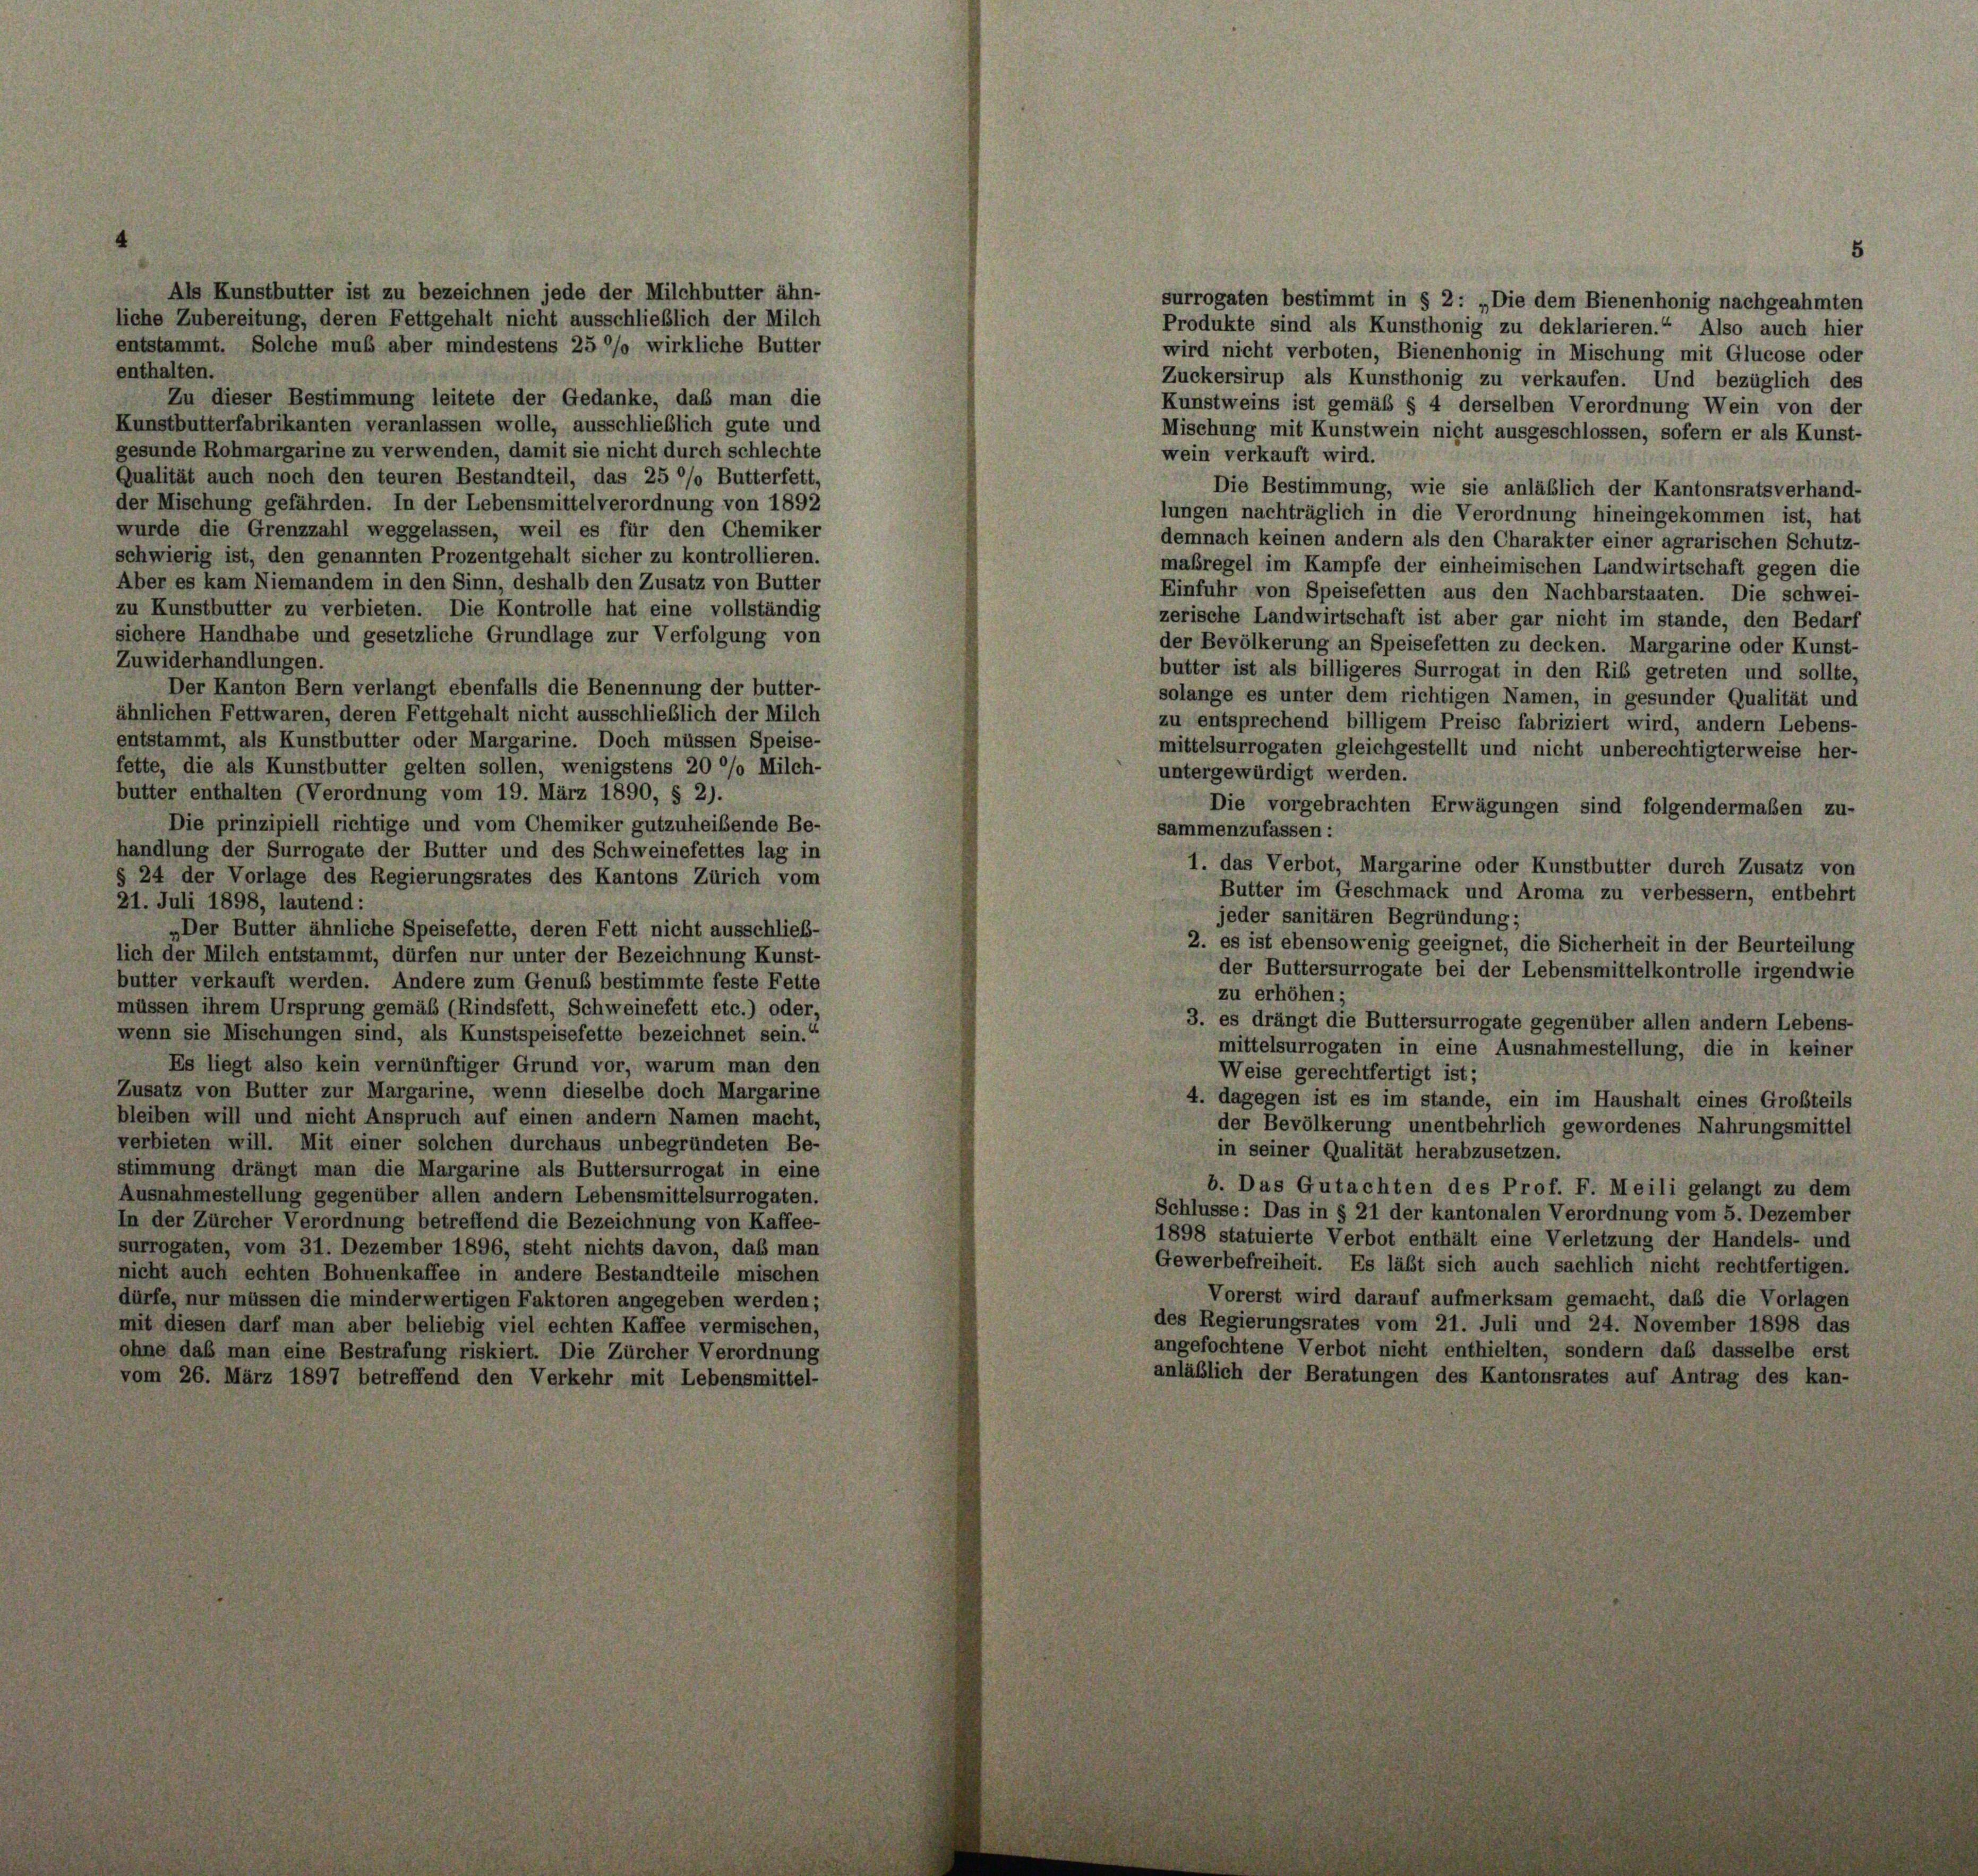
Als Kunstbutter ist zu bezeichnen jede der Milchbutter ähn-
liche Zubereitung, deren Fettgehalt nicht ausschließlich der Milch
entstammt. Solche muß aber mindestens 25 °/o wirkliche Butter
enthalten.
Zu dieser Bestimmung leitete der Gedanke, daß man die
Kunstbutterfabrikanten veranlassen wolle, ausschließlich gute und
gesunde Rohmargarine zu verwenden, damit sie nicht durch schlechte
Qualität auch noch den teuren Bestandteil, das 25 °/o Butterfett,
der Mischung gefährden. In der Lebensmittelverordnung von 1892
wurde die Grenzzahl weggelassen, weil es für den Chemiker
schwierig ist, den genannten Prozentgehalt sicher zu kontrollieren.
Aber es kam Niemandem in den Sinn, deshalb den Zusatz von Butter
zu Kunstbutter zu verbieten. Die Kontrolle hat eine vollständig
sichere Handhabe und gesetzliche Grundlage zur Verfolgung von
Zuwiderhandlungen.
Der Kanton Bern verlangt ebenfalls die Benennung der butter-
ähnlichen Fettwaren, deren Fettgehalt nicht ausschließlich der Milch
entstammt, als Kunstbutter oder Margarine. Doch müssen Speise-
fette, die als Kunstbutter gelten sollen, wenigstens 20 %% Milch-
butter enthalten (Verordnung vom 19. März 1890, § 2).
Die prinzipiell richtige und vom Chemiker gutzuheißende Be
handlung der Surrogate der Butter und des Schweinefettes lag in
§ 24 der Vorlage des Regierungsrates des Kantons Zürich von
21. Juli 1898, lautend:
„Der Butter ähnliche Speisefette, deren Fett nicht ausschließ
lich der Milch entstammt, dürfen nur unter der Bezeichnung Kunst
butter verkauft werden. Andere zum Genuß bestimmte feste Fette
müssen ihrem Ursprung gemäß (Rindsfett, Schweinefett etc.) oder
wenn sie Mischungen sind, als Kunstspeisefette bezeichnet sein.
Es liegt also kein vernünftiger Grund vor, warum man des
Zusatz von Butter zur Margarine, wenn dieselbe doch Margarin
bleiben will und nicht Anspruch auf einen andern Namen macht
verbieten will. Mit einer solchen durchaus unbegründeten Be
stimmung drängt man die Margarine als Buttersurrogat in eine
Ausnahmestellung gegenüber allen andern Lebensmittelsurrogaten
In der Zürcher Verordnung betreffend die Bezeichnung von Kaffee-
surrogaten, vom 31. Dezember 1896, steht nichts davon, daß man
nicht auch echten Bohnenkaffee in andere Bestandteile mischen
dürfe, nur müssen die minderwertigen Faktoren angegeben werden;
mit diesen darf man aber beliebig viel echten Kaffee vermischen,
ohne daß man eine Bestrafung riskiert. Die Zürcher Verordnung
vom 26. März 1897 betreffend den Verkehr mit Lebensmittel-

8

wird nicht verboten, Bienenhonig in Mischung mit Glucose oder
Zuckersirup als Kunsthonig zu verkaufen. Und bezüglich des
Kunstweins ist gemäß § 4 derselben Verordnung Wein von der
Mischung mit Kunstwein nicht ausgeschlossen, sofern er als Kunst-
wein verkauft wird.
Die Bestimmung, wie sie anläßlich der Kantonsratsverhand-
lungen nachträglich in die Verordnung hineingekommen ist, hat
demnach keinen andern als den Charakter einer agrarischen Schutz-
maßregel im Kampfe der einheimischen Landwirtschaft gegen die
Einfuhr von Speisefetten aus den Nachbarstaaten. Die schwei-
zerische Landwirtschaft ist aber gar nicht im stande, den Bedarf
der Bevölkerung an Speisefetten zu decken. Margarine oder Kunst-
butter ist als billigeres Surrogat in den Rib getreten und sollte,
solange es unter dem richtigen Namen, in gesunder Qualität und
zu entsprechend billigem Preise fabriziert wird, andern Lebens-
mittelsurrogaten gleichgestellt und nicht unberechtigterweise her-
untergewürdigt werden.
Die vorgebrachten Erwägungen sind folgendermaßen zu-
sammenzufassen:
1. das Verbot, Margarine oder Kunstbutter durch Zusatz von
Butter im Geschmack und Aroma zu verbessern, entbehrt
jeder sanitären Begründung;
2. es ist ebensowenig geeignet, die Sicherheit in der Beurteilung
der Buttersurrogate bei der Lebensmittelkontrolle irgendwie
zu erhöhen;
3. es drängt die Buttersurrogate gegenüber allen andern Lebens-
mittelsurrogaten in eine Ausnahmestellung, die in keiner
Weise gerechtfertigt ist;
4. dagegen ist es im stande, ein im Haushalt eines Großteils
der Bevölkerung unentbehrlich gewordenes Nahrungsmittel
in seiner Qualität herabzusetzen.
b. Das Gutachten des Prof. F. Meili gelangt zu dem
Schlusse: Das in § 21 der kantonalen Verordnung vom 5. Dezember
1898 statuierte Verbot enthält eine Verletzung der Handels- und
Gewerbefreiheit. Es läßt sich auch sachlich nicht rechtfertigen.
Vorerst wird darauf aufmerksam gemacht, daß die Vorlagen
des Regierungsrates vom 21. Juli und 24. November 1898 das
angefochtene Verbot nicht enthielten, sondern das dasselbe erst
anläßlich der Beratungen des Kantonsrates auf Antrag des kan-

surrogaten bestimmt in § 2: „Die dem Bienenhonig nachgeahmten
Produkte sind als Kunsthonig zu deklarieren.“ Also auch hier

5